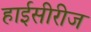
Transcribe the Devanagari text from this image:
हाईसीरीज